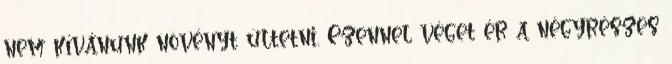
nem kívánunk növényt ültetni. Ezennel véget ér a négyrészes